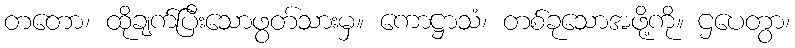
တတော၊ ထိုချက်ပြီးသောဖွတ်သားမှ။ ကောဋ္ဌာသံ၊ တစ်ခုသောအဖို့ကို။ ဌပေတွာ၊